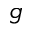
g